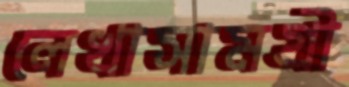
লেখাসামগ্রী